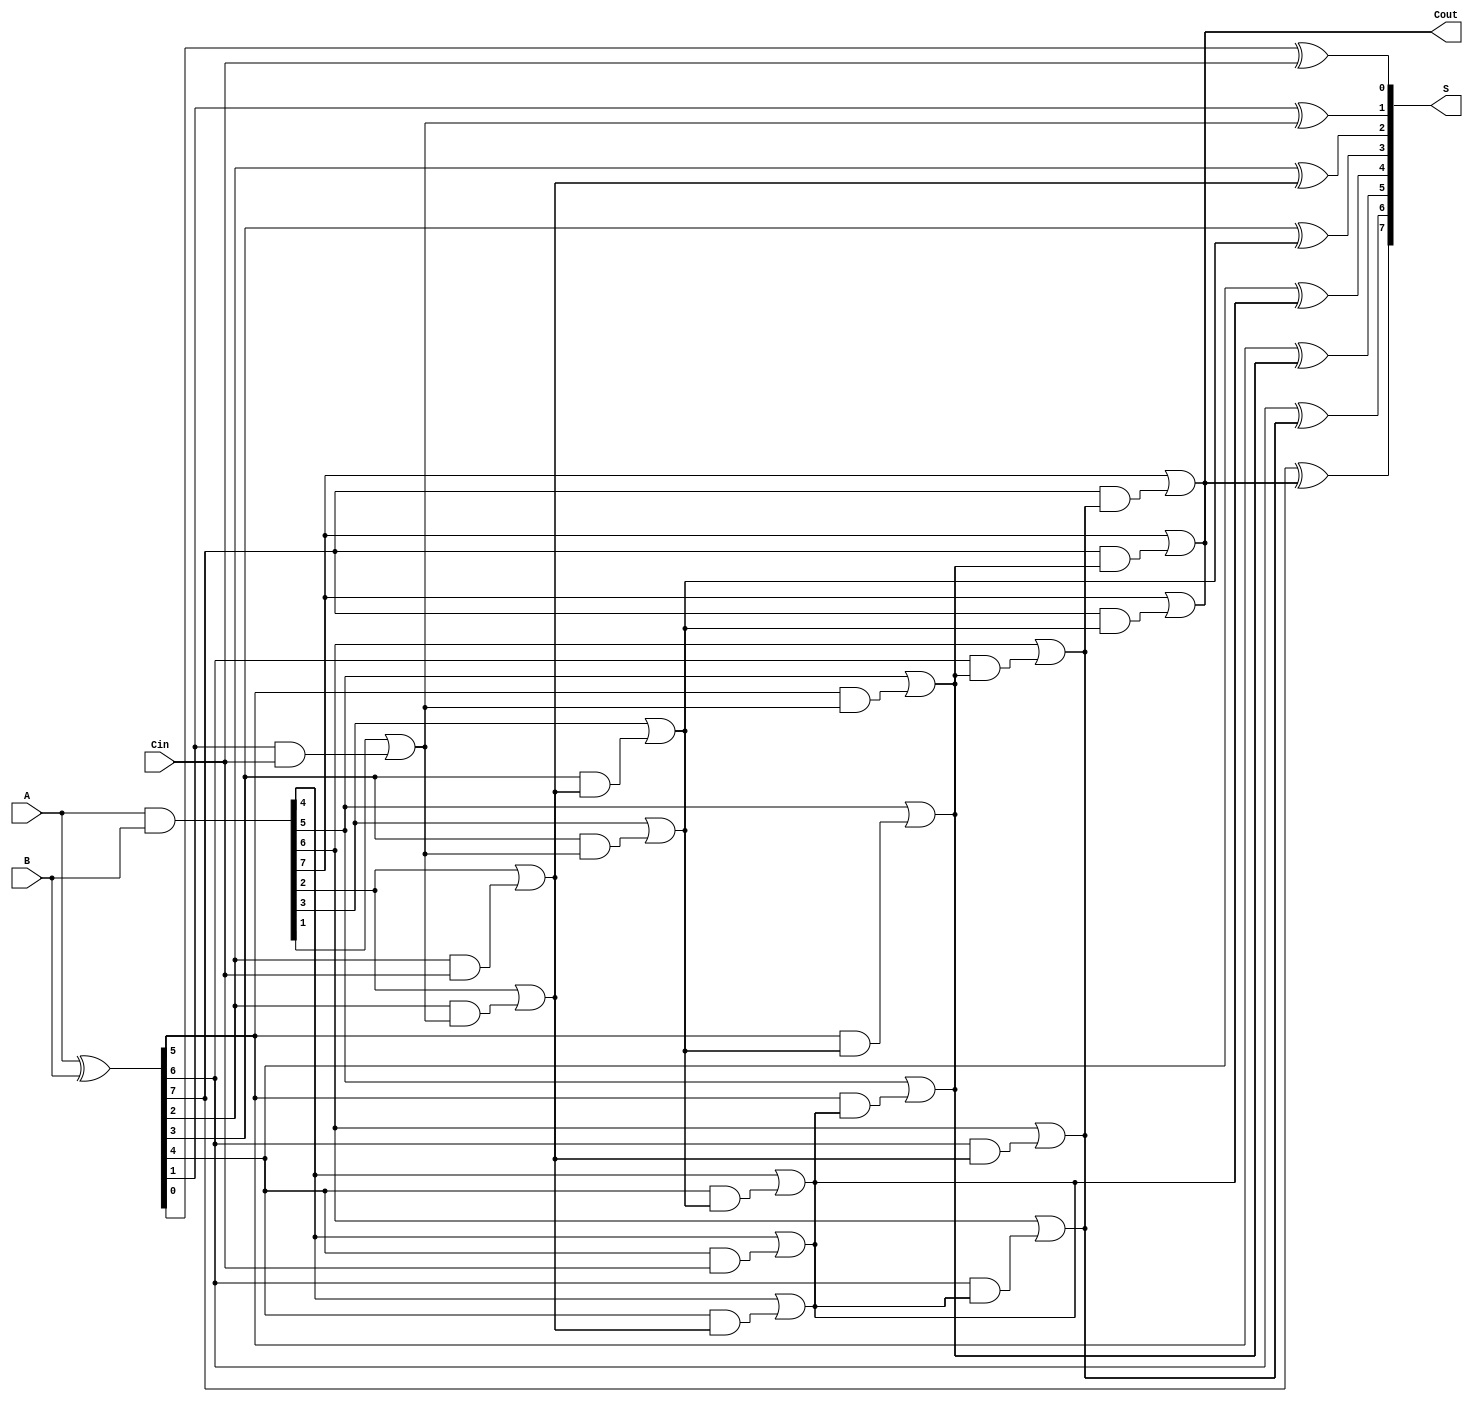
module KoggeStoneAdder #(parameter n = 8) (
    input [n-1:0] A,
    input [n-1:0] B,
    input Cin,
    output [n-1:0] S,
    output Cout
);
    // Generate and Propagate signals
    wire [n-1:0] G; // Generate
    wire [n-1:0] P; // Propagate
    wire [n:0] C;   // Carry

    // Generate and Propagate calculations
    assign G = A & B;           // G[i] = A[i] & B[i]
    assign P = A ^ B;           // P[i] = A[i] ^ B[i]
    assign C[0] = Cin;          // C[0] = Cin

    // Carry Generation using Kogge-Stone algorithm
    genvar i, j;
    generate
        for (j = 1; j <= $clog2(n); j = j + 1) begin : carry_stage
            for (i = 0; i < n; i = i + 1) begin : carry_gen
                if (i >= (1 << (j - 1))) begin
                    assign C[i] = G[i] | (P[i] & C[i - (1 << (j - 1))]);
                end
            end
        end
    endgenerate

    // Sum calculation
    assign Cout = C[n-1];        // Carry out from the last stage
    generate
        for (i = 0; i < n; i = i + 1) begin : sum_gen
            assign S[i] = P[i] ^ C[i]; // S[i] = P[i] ^ C[i]
        end
    endgenerate

endmodule